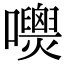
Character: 𡄺